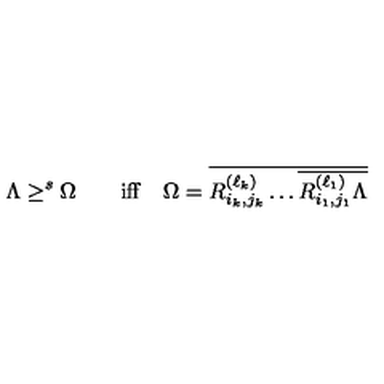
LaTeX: \Lambda \geq ^ { s } \Omega \qquad \mathrm { i f f } \quad \Omega = \overline { { R _ { i _ { k } , j _ { k } } ^ { ( \ell _ { k } ) } \dots \overline { { R _ { i _ { 1 } , j _ { 1 } } ^ { ( \ell _ { 1 } ) } \Lambda } } } }